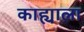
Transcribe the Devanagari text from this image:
काह्याला